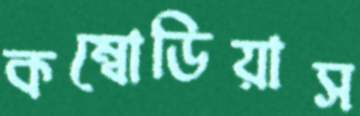
কম্বোডিয়াস